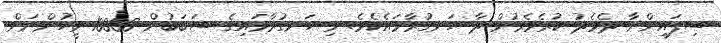
ސިފައިންނާ ދެމެދު ކުރެވެމުން ދާ ހަނގުރާމައެކެވެ. މި ހަނގުރާމައިގެ ސަބަބުން 10000 މީހުންނަށް